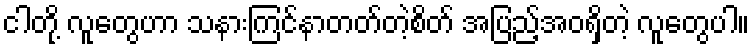
ငါတို့ လူတွေဟာ သနားကြင်နာတတ်တဲ့စိတ် အပြည့်အဝရှိတဲ့ လူတွေပါ။